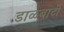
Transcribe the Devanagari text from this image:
डाळबाटी